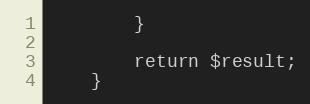
Language: PHP
        }

        return $result;
    }